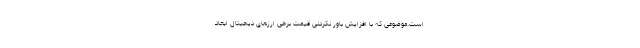
است.موضوعی که با افزایش باور نکردنی قیمت برخی ارزهای دیجیتال ابعاد